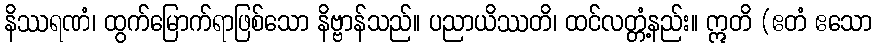
နိဿရဏံ၊ ထွက်မြောက်ရာဖြစ်သော နိဗ္ဗာန်သည်။ ပညာယိဿတိ၊ ထင်လတ္တံ့နည်း။ ဣတိ (ဧတံ ဧသော